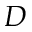
D